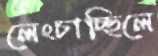
লেংচাচ্ছিলে